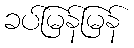
ခပ်မြန်မြန်